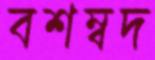
বশম্বদ